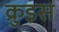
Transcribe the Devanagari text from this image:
क्रुइस